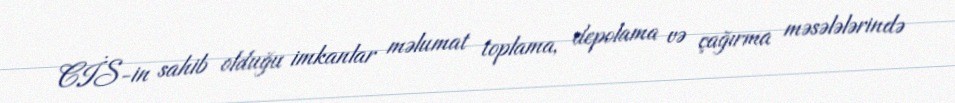
CİS-in sahib olduğu imkanlar məlumat toplama, depolama və çağırma məsələlərində